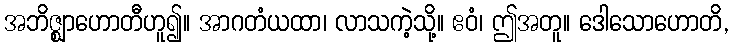
အဘိဇ္ဈာဟောတီဟူ၍။ အာဂတံယထာ၊ လာသကဲ့သို့။ ဧဝံ၊ ဤအတူ။ ဒေါသောဟောတိ,